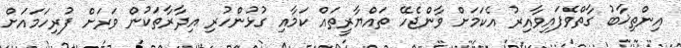
އިންތިޚާބު ގާތްވެފައިވާއިރު އެކަމަށް ވާންޖެހޭ ތައްޔާރީތައް ކަމާއި ގުޅުންހުރި އިދާރާތަކުން ވަރަށް ފުރިހަމައަށް